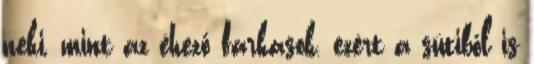
neki, mint az éhező farkasok, ezért a sütiből is